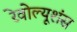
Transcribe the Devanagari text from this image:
रेवोल्यूशंस